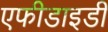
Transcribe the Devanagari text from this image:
एफीडाइडी